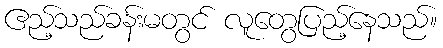
ဧည့်သည်ခန်းမတွင် လူတွေပြည့်နေသည်။